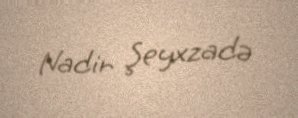
Nadir Şeyxzadə